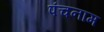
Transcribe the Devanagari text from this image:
पंचनाम